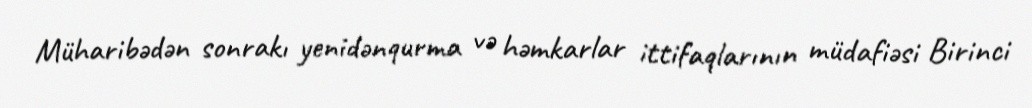
Müharibədən sonrakı yenidənqurma və həmkarlar ittifaqlarının müdafiəsi Birinci